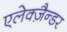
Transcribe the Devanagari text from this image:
एलेक्ज़ैन्डर